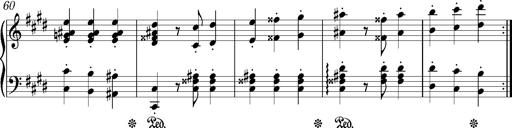
Title: Valses oubliÃ©es
Composer: Franz Liszt